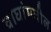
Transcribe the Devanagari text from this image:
वाघांमधील